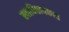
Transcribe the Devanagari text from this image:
स्वाधिष्ठायकाय